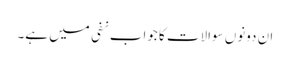
ان دونوں سوالات کا جواب نفی میں ہے۔